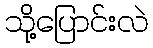
သို့ပြောင်းလဲ